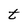
Character: t